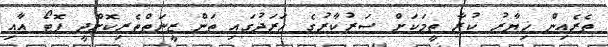
ތެރެއިން ޚިޔާރު ކުރާ ތީމަކަށް ސަރުކާރުގެ ހަރަދުގައި ތަން ޒީނަތްތެރިކޮށްދީ ފޮޓޯ އާއި